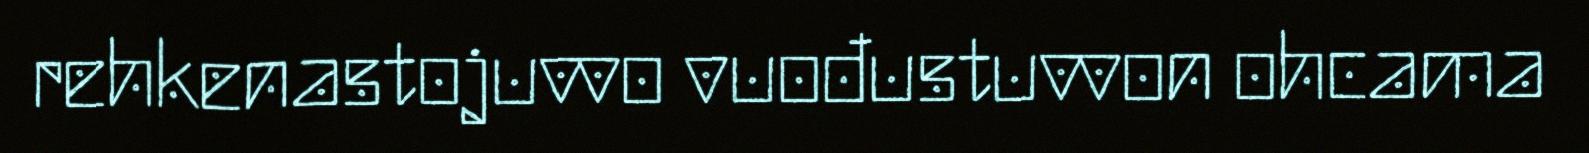
rehkenastojuvvo vuođustuvvon ohcama